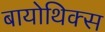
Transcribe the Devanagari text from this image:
बायोथिक्स